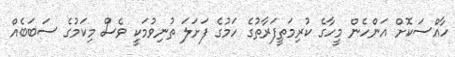
ހާއްސަކޮށް އަންހެން މީހާގެ ކުރިމަތީފަރާތުގެ ހަމުގެ ފަށަލަ ތުނިވުމަކީ ވެސް މިކަމުގެ ސަބަބެއް